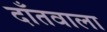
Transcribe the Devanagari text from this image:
दाँतवाला